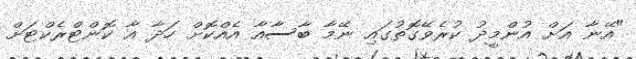
"އޭނާ އަށް އުންމީދު ކުރެވޭގޮތުގައި ނޭމާ ބާސާއާ އެއްކޮށް ހަދާ އާ ކޮންޓްރެކްޓަށް